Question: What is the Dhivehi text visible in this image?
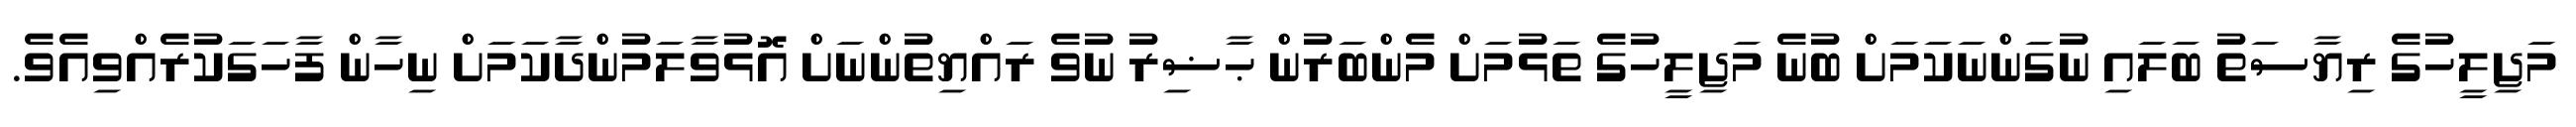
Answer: މަޖިލީހުގެ ރިޔާސަތު ބަލައި ނުގަންނަކަމަށް ބުނެ މަޖިލީހުގެ ތަޅުމަށް މެންބަރުން ޙާޟިރު ނުވެ ރައްޔިތުންނަށް އޮޅުވާލަމުންދާކަމަށް ނިހާން ފާހަގަކުރެއްވިއެވެ.